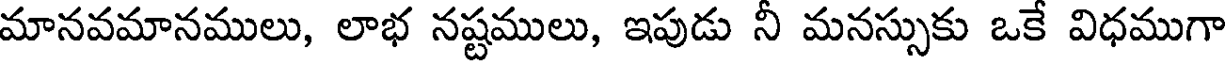
మానవమానములు, లాభ నష్టములు, ఇపుడు నీ మనస్సుకు ఒకే విధముగా